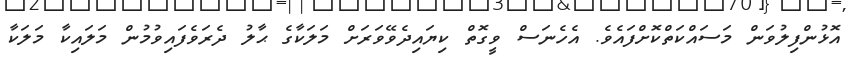
އޮޅުންފިލުވަން މަސައްކަތްކޮށްފައެވެ. އެހެނަސް ވީގޮތް ކިޔައިދެވޭވަރަށް މަލަކާގެ ޙާލު ދެރަވެފައިވުމުން މަލައިކާ މަލަކާ